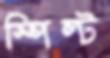
স্পিল্ট